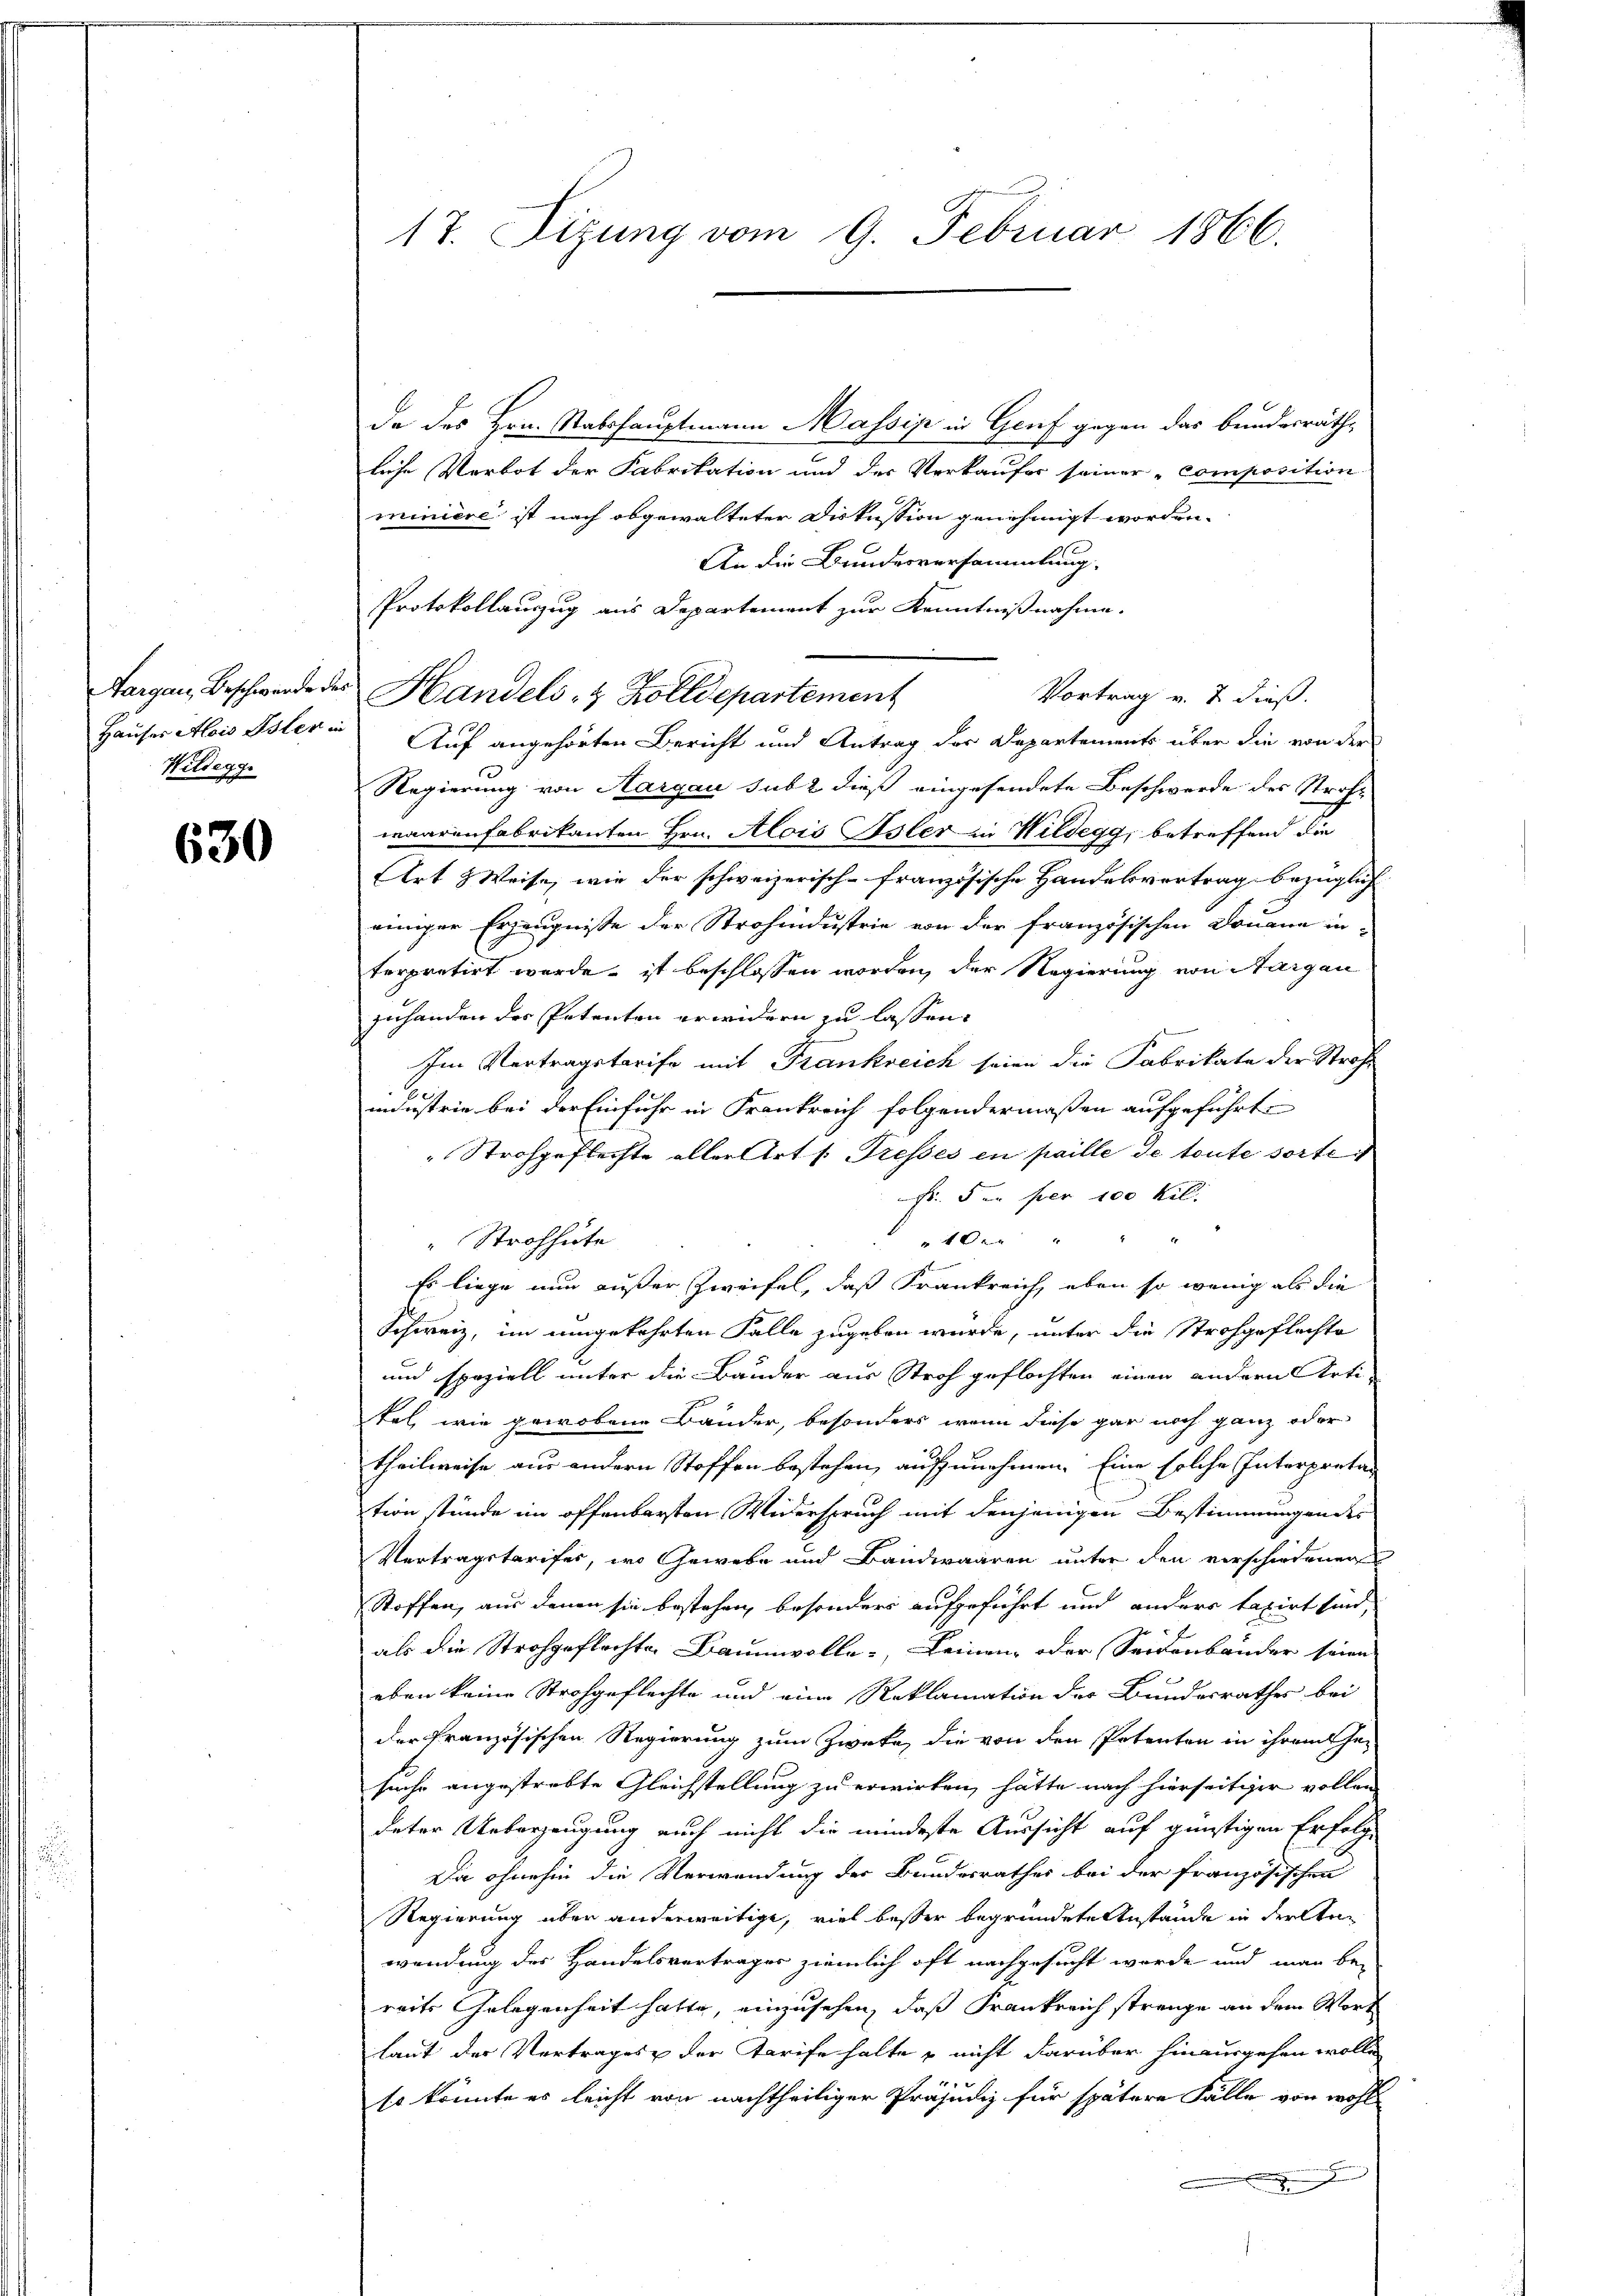
Targau, Beschwerde des
Hauser Alois Isler in
Wildegge

630

17. Sizung vom 9. Februar 1866.

da des Hrn. Stabshauptmann Massip in Genf gegen das bundesräthe
liche Verbot der Fabrikation und der Verkaufer seiner „composition
miniere ist nach abgewalteter Diskussion genehmigt worden.
An die Bundesversammlung.
PProtokollauszug aus Departement zur Kenntnißnahme.
Vortrag v. 2. dieß.
Handels- & Zolldepartement
Auf angehörten Bericht und Antrag der Departements über die von der
Regierung von Aargau sub 2 dieß eingesendete Beschwerde des Straf-
waarenfabrikanten Hrn. Alois Isler in Wildegg, betreffend die
Art & Weise, wie der schweizerisch-französische Handelsvertrag bezüglich
einiger Erzeugnisse der Strohindustrie von der französischen Donaue in
terpretirt wurde, ist beschlossen worden, der Regierung von Aargau
zuhanden des Petenten erwidern zu lassen.
Im Vertragstreife mit Frankreich seien die Fabrikate der Straf-
industrie bei der Einfuhr in Frankreich folgendermaßen aufgeführt
Strohgeflechte aller Art /: Tresses in paille de toute sorte
Fr. der per 100 Kil.
 f 0 x
"Strohhute
Es liege nun außer Zweifel, daß Frankreich, eben so wenig als die
Schweiz, im umgekehrten Falle zugeben wurde, unter die Strohgeflachte
und speziell unter die Bauder aus Stroh geflochten einen andern Artitel, wie gewobene Bauder, besonders wenn diese gar noch ganz oder
theilweise aus andern Stoffen bestehen, aufzunehmen. Eine solche Interpretation stünde im offenbarsten Widerspruch mit denjenigen Bestimmungendes
Vertragstarifes, wo Gewebe und Bandwaaren unter den verschiedener
Stoffen, aus denen sie bestehen, besonders aufgeführt und anders taxirt sind,
als die Strohgeflachte Baumwolle, keinen oder Seidenbauder seine
eben keine Strohgeflechte und eine Reklamation der Bundesrathes bei
der französischen Regierung zum Zweke, die von den Petenten in ihrem Gesuche angestrebte Gleichstellung zu erwirken, hätte nach hierseitiger vollen
deter Ueberzeugung auch nicht die mindeste Aussicht auf günstigen Erfolg
Da ohnehin die Verwendung der Bundesrathes bei der französischen
Regierung über anderweitige, viel besser begründete Anstände in dreiten
wendung des Handelsvertrages ziemlich oft nachgesucht worde und man be-
reits Gelegenheit hatte, einzusehen, daß Frankreich strenge an dem Wort
laut des Vertrages der Tarife halte – nicht darüber hinausgehen wolle
so könnte es leicht von nachtheiliger Präjudiz für spätere Fälle von wohl
.